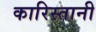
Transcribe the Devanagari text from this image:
कारिस्तानी